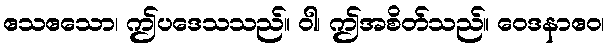
ဧသဧသော၊ ဤပဒေသသည်။ ဝါ၊ ဤအစိတ်သည်။ ဝေဒနာဧဝ၊